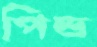
পিন্ড